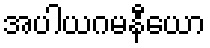
အပါယဂမနီယော